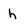
Character: h